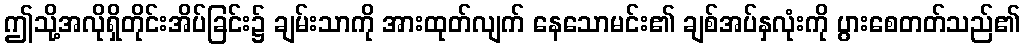
ဤသို့အလိုရှိတိုင်းအိပ်ခြင်း၌ ချမ်းသာကို အားထုတ်လျက် နေသောမင်း၏ ချစ်အပ်နှလုံးကို ပွားစေတတ်သည်၏